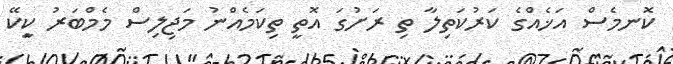
ކޮނމެސް އަޚެއްގެ ކަރުކަތިލާ ތި ރަށުގަ އޮތީ ތިކަމެއްނު މަޖިލިސް މެމްބަރު ކިީކޭ